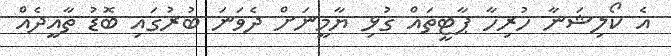
އެ ކޯލިޝަނާ ހުރިހާ ޕާޓީތައް ގުޅި ޔާމީނަށް ދެވަނަ ބުރުގައި ބޮޑު ތާއީދެއް